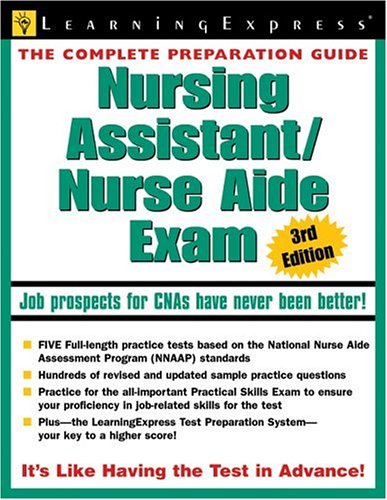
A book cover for Nursing Assistant/Nurse Aide Exam 3rd Edition (Nursing Assistant/Nurse Aide Exam); LearningExpress Editors; Medical Books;